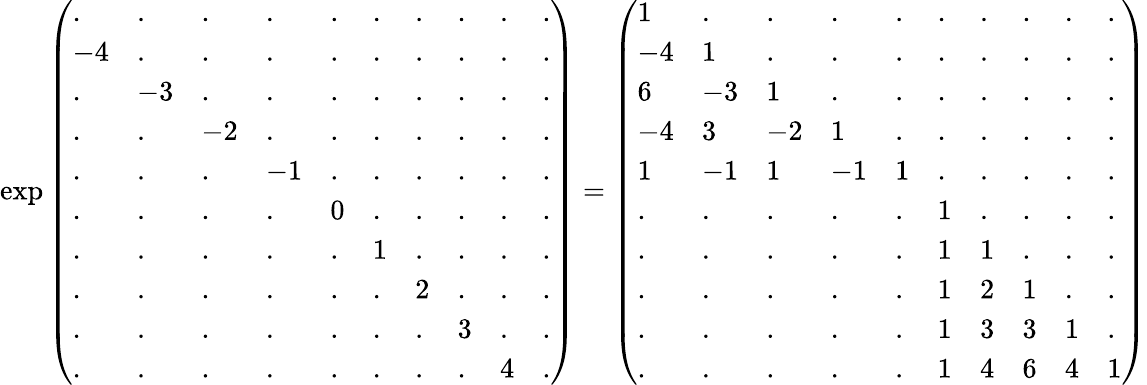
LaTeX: \exp{\left(\begin{array}{llllllllll}{.}&{.}&{.}&{.}&{.}&{.}&{.}&{.}&{.}&{.}\\ {-4}&{.}&{.}&{.}&{.}&{.}&{.}&{.}&{.}&{.}\\ {.}&{-3}&{.}&{.}&{.}&{.}&{.}&{.}&{.}&{.}\\ {.}&{.}&{-2}&{.}&{.}&{.}&{.}&{.}&{.}&{.}\\ {.}&{.}&{.}&{-1}&{.}&{.}&{.}&{.}&{.}&{.}\\ {.}&{.}&{.}&{.}&{0}&{.}&{.}&{.}&{.}&{.}\\ {.}&{.}&{.}&{.}&{.}&{1}&{.}&{.}&{.}&{.}\\ {.}&{.}&{.}&{.}&{.}&{.}&{2}&{.}&{.}&{.}\\ {.}&{.}&{.}&{.}&{.}&{.}&{.}&{3}&{.}&{.}\\ {.}&{.}&{.}&{.}&{.}&{.}&{.}&{.}&{4}&{.}\end{array}\right)}={\left(\begin{array}{llllllllll}{1}&{.}&{.}&{.}&{.}&{.}&{.}&{.}&{.}&{.}\\ {-4}&{1}&{.}&{.}&{.}&{.}&{.}&{.}&{.}&{.}\\ {6}&{-3}&{1}&{.}&{.}&{.}&{.}&{.}&{.}&{.}\\ {-4}&{3}&{-2}&{1}&{.}&{.}&{.}&{.}&{.}&{.}\\ {1}&{-1}&{1}&{-1}&{1}&{.}&{.}&{.}&{.}&{.}\\ {.}&{.}&{.}&{.}&{.}&{1}&{.}&{.}&{.}&{.}\\ {.}&{.}&{.}&{.}&{.}&{1}&{1}&{.}&{.}&{.}\\ {.}&{.}&{.}&{.}&{.}&{1}&{2}&{1}&{.}&{.}\\ {.}&{.}&{.}&{.}&{.}&{1}&{3}&{3}&{1}&{.}\\ {.}&{.}&{.}&{.}&{.}&{1}&{4}&{6}&{4}&{1}\end{array}\right)}